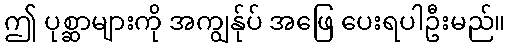
ဤ ပုစ္ဆာများကို အကျွန်ုပ် အဖြေ ပေးရပါဦးမည်။